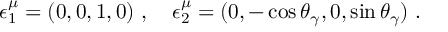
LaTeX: \epsilon _ { 1 } ^ { \mu } = ( 0 , 0 , 1 , 0 ) ~ , ~ ~ ~ \epsilon _ { 2 } ^ { \mu } = ( 0 , - \cos \theta _ { \gamma } , 0 , \sin \theta _ { \gamma } ) ~ .